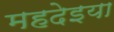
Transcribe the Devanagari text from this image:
महदेइया